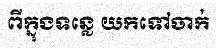
ពីក្នុងទន្លេ យកទៅចាក់